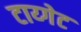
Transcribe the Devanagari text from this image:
टाय्गेट